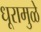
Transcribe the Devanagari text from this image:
धूरामुळे